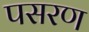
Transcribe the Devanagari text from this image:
पसरण